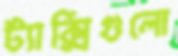
ট্যাক্সিগুলো